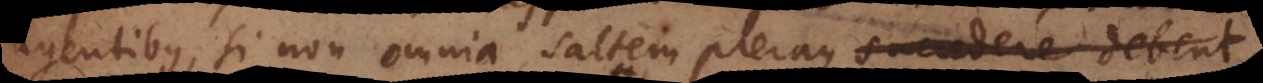
agentibus, si non omnia saltem pleraque succedere debent